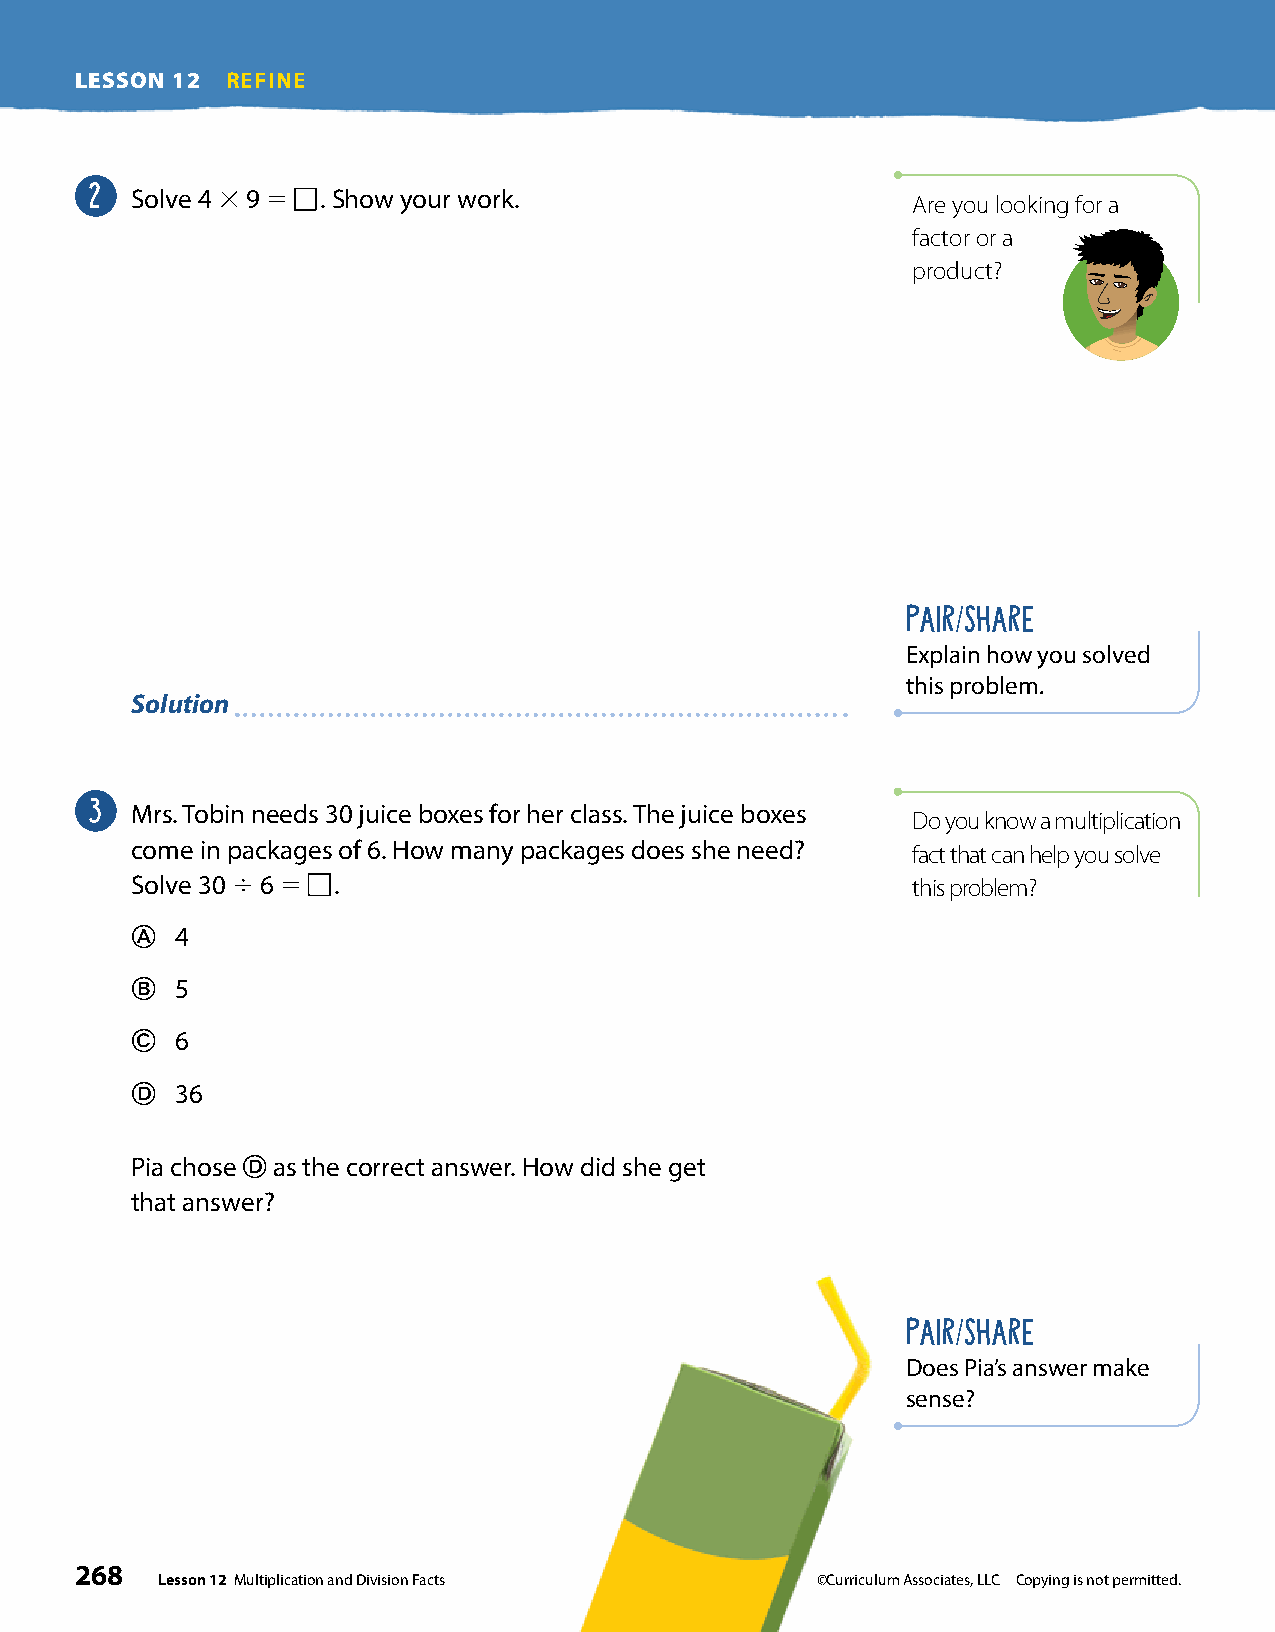
LESSON 12 REFINE
 2
 Solve 4 3 9 5 . Show your work.                    Are you looking for a
 factor or a
 product?
 PAIR/SHARE
 Explain how you solved
 this problem.
 Solution
 3
 Mrs. Tobin needs 30 juice boxes for her class. The juice boxes
 Do you know a multiplication
 come in packages of 6. How many packages does she need? fact that can help you solve
 Solve 30 4 6 5 .                                   this problem?
 A  4
 B  5
 C  6
 D  36
 Pia chose D as the correct answer. How did she get
 that answer?
 PAIR/SHARE
 Does Pia’s answer make
 sense?
 268
 Lesson 12 Multiplication and Division Facts ©Curriculum Associates, LLC Copying is not permitted.